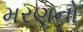
મરણનો